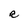
Character: R